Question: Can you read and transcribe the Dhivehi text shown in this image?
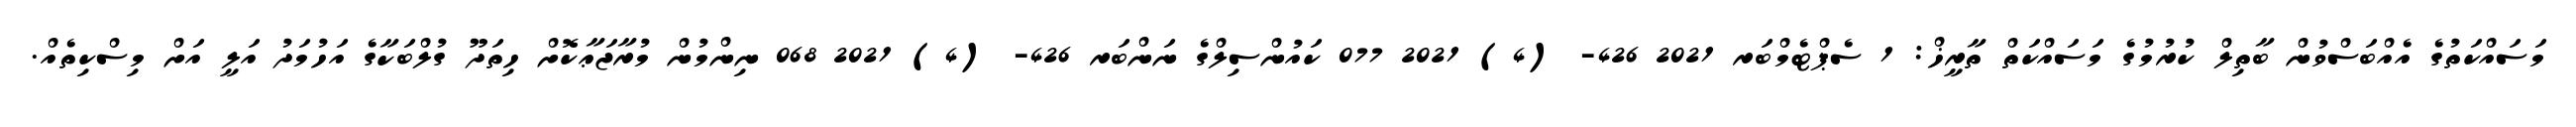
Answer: މަސައްކަތުގެ އެއްބަސްވުން ބާތިލް ކުރުމުގެ މަސައްކަތް ތާރީޚް: 1 ސެޕްޓެމްބަރ 2021 426- (4) 2021 077 ކައުންސިލްގެ ނަންބަރ 426- (4) 2021 068 ނިންމުން މުރާޖަޢާކޮށް ހިތަދޫ ގުލްބަކާގެ އަހުމަދު އަލީ އަށް މިސްކިތެއް.